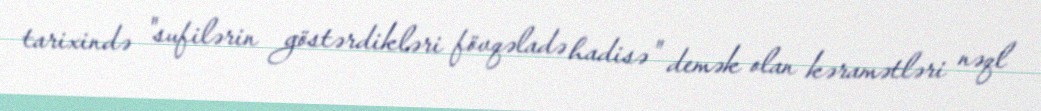
tarixində "sufilərin göstərdikləri fövqəladə hadisə" demək olan kəramətləri nəql